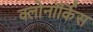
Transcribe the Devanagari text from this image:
क्लोनॉर्किस